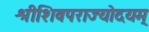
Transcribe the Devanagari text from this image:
श्रीशिवपराज्योदयम्